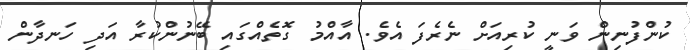
ކުންފުނިން ވަނީ ކުރިއަށް ނެރެފަ އެވެ. އާއްމު ގޮތެއްގައި ބޭނުންކުރާ އަދި ހަނދާން